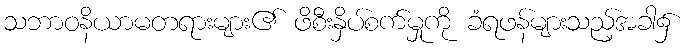
သဘာဝနိယာမတရားများ၏ ဖိစီးနှိပ်စက်မှုကို ခံရဖန်များသည့်အခါ၌